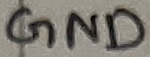
Text: GND